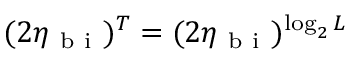
( 2 \eta _ { \mathrm { ~ b ~ i ~ } } ) ^ { T } = ( 2 \eta _ { \mathrm { ~ b ~ i ~ } } ) ^ { \log _ { 2 } L }